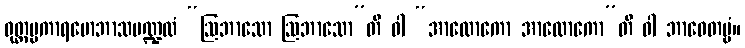
ဝုတ္တပ္ပကာရမောဘာသမဏ္ဍလံ “ဩဘာသော ဩဘာသော”တိ ဝါ “အာလောကော အာလောကော”တိ ဝါ ဘာဝေတဗ္ဗံ။